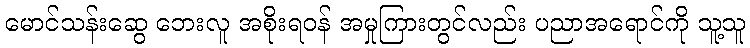
မောင်သန်းဆွေ ဘေးလူ အစိုးရဝန် အမှုကြားတွင်လည်း ပညာအရောင်ကို သူ့သူ